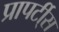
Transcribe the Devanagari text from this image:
प्रापर्टी्स